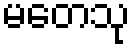
မတေသု